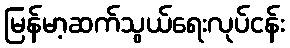
မြန်မာ့ဆက်သွယ်ရေးလုပ်ငန်း